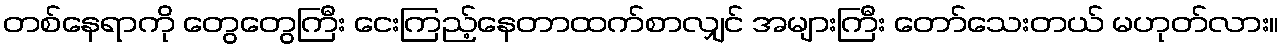
တစ်နေရာကို တွေတွေကြီး ငေးကြည့်နေတာထက်စာလျှင် အများကြီး တော်သေးတယ် မဟုတ်လား။